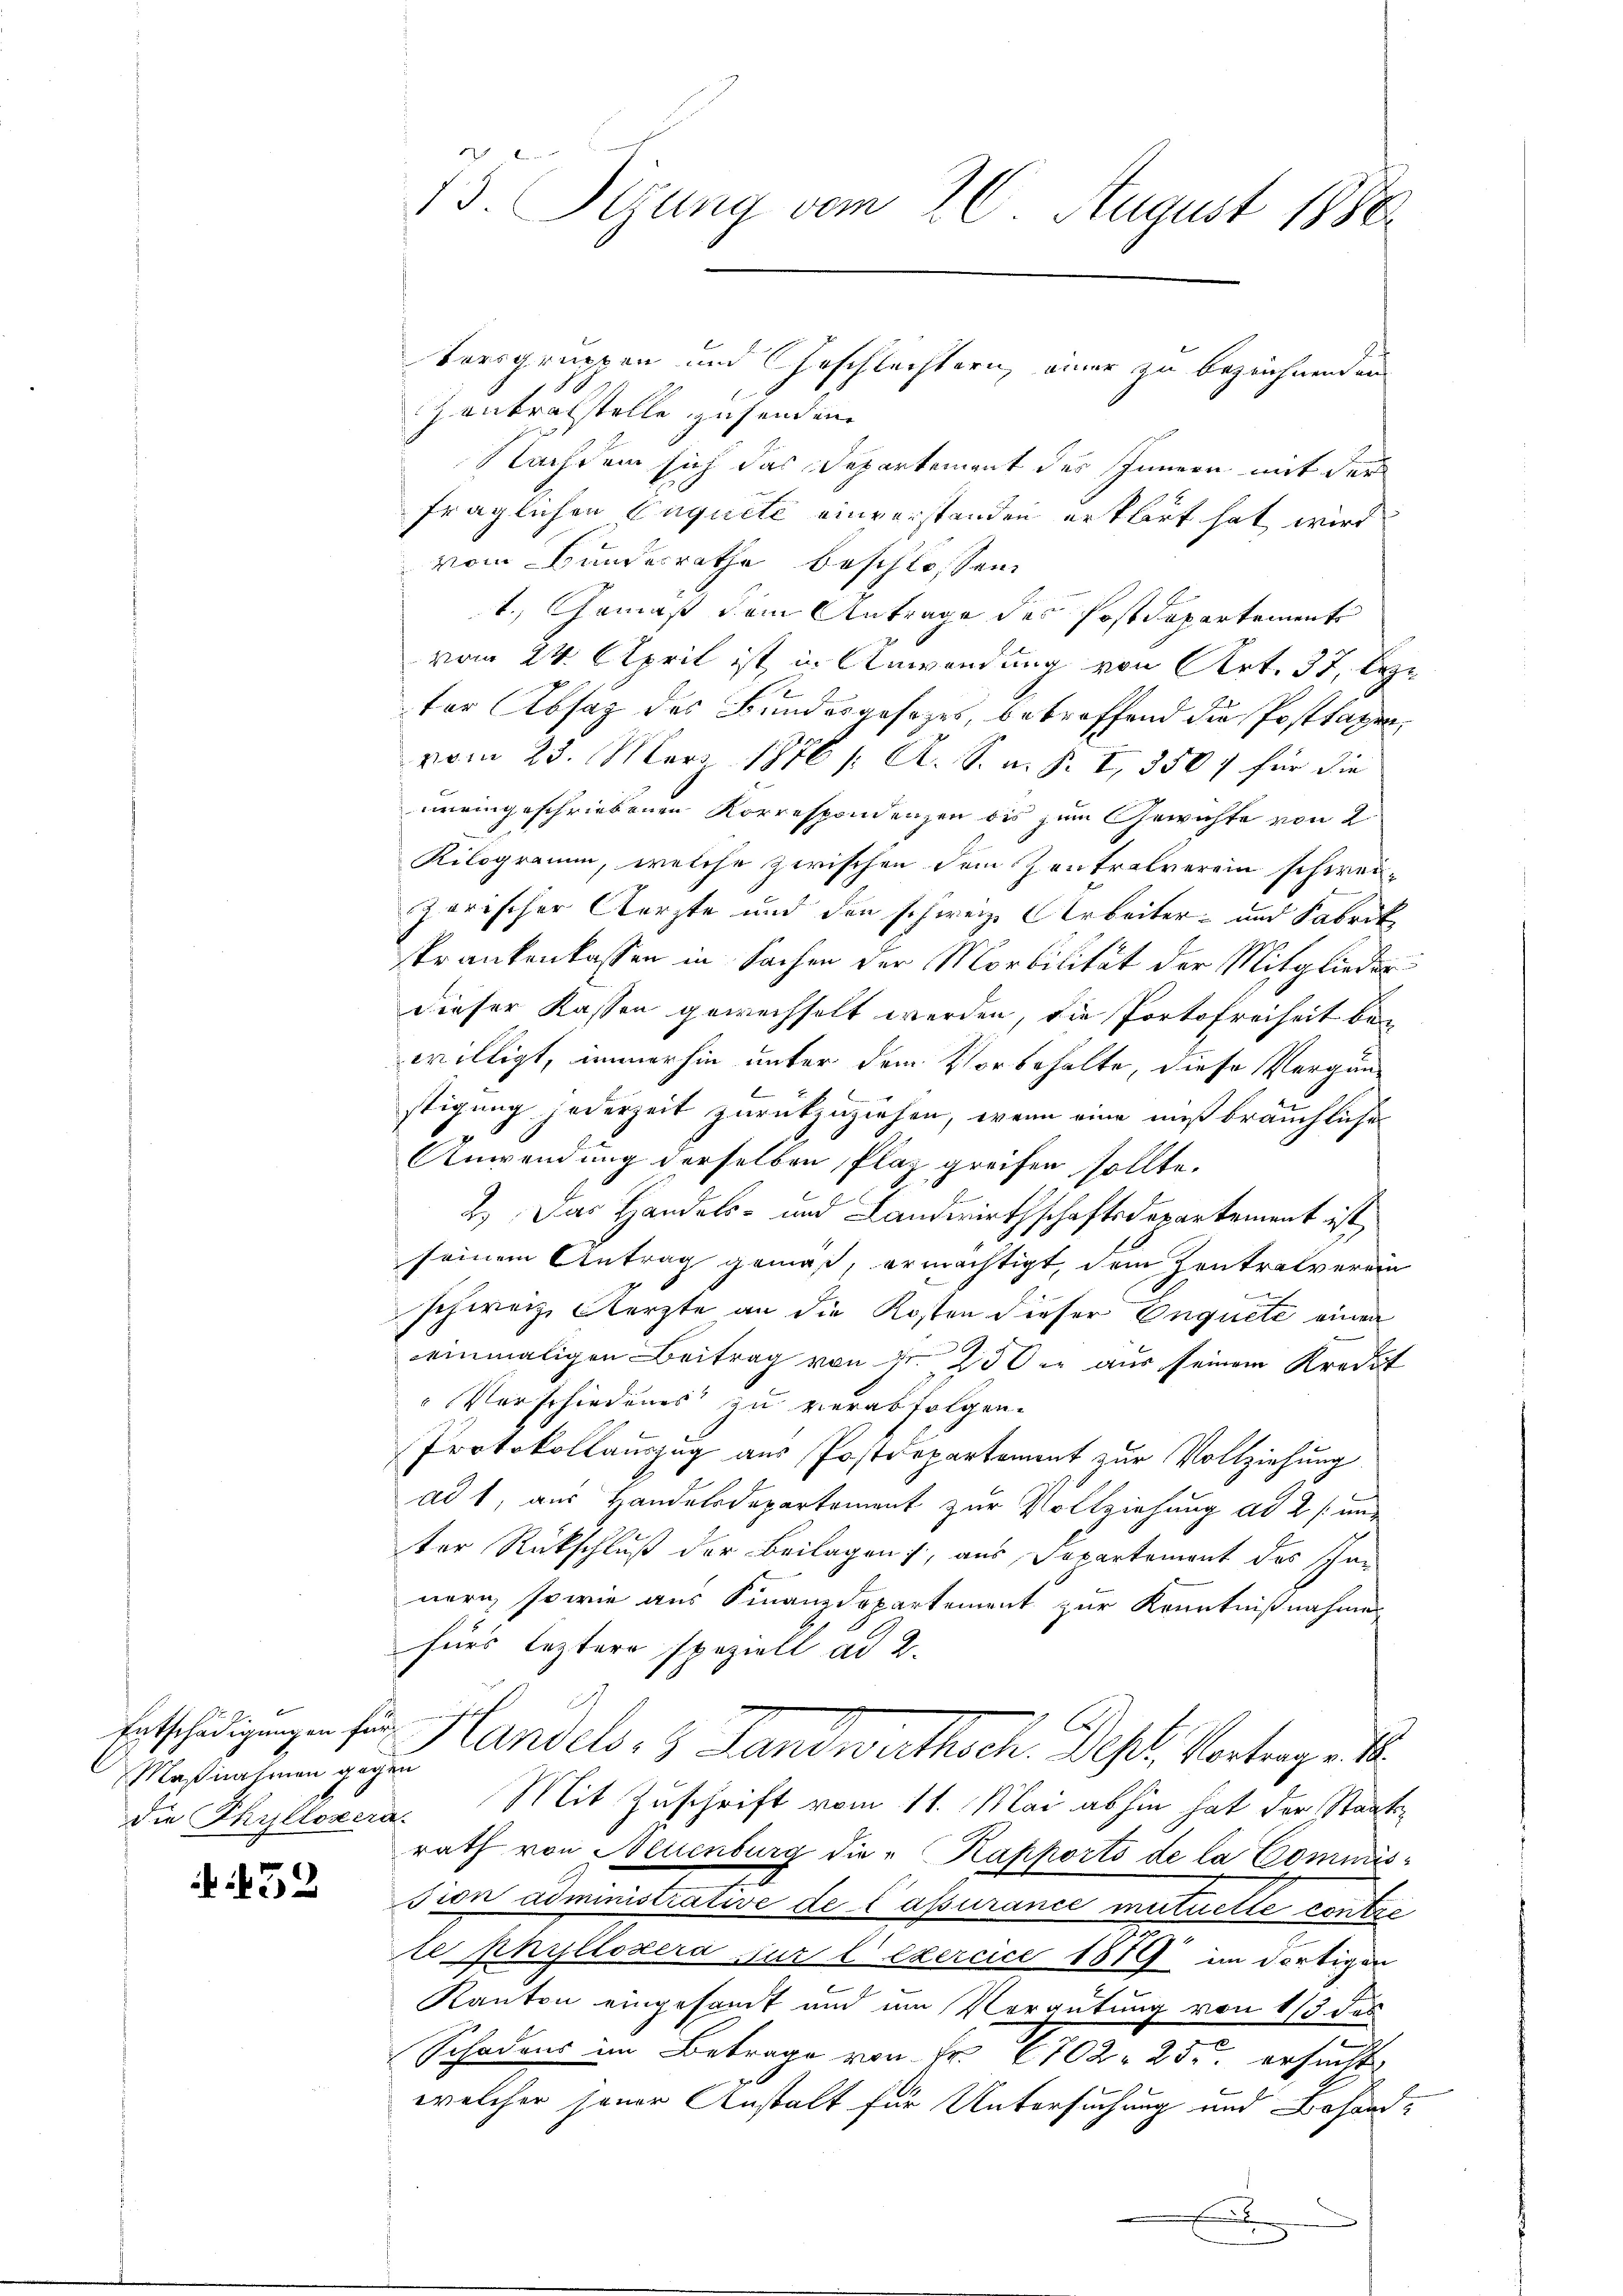
Entschädigungen für
Maßnahmen gegen

32

73. Tizung vom 26. August 1880

Zentralstelle zusenden.
Nachdem sich das Departement des Innern mit der
fraglichen Enquete einverstanden erklärt hat wird
vom Bundesrathe beschlossen
t. Anmäß dem Antrage des Postdepartemente
vom 24. April ist, in Anwendung von Art. 37, lezter Absatz des Bundesgesetzes, betreffend die Posttagen,
vom 23. März 1876 /: A. S. m. S. I, 350 für die
uneingeschriebenen Korrespondenzen bis zum Gewichte von 2
Kilogramm, welche zwischen dem Zentralverein schweizerischer Aerzte und den schweiz. Arbeiter- und Fabrik
krankenkassen in Sachen der Morbilität der Mitglieder
dieser Kassen gewechselt werden, die Portofreiheit bei
willigt, immerhin unter dem Vorbehalte, diese Vergün-
stigung jederzeit zurückzuziehen, wenn eine muß bräuchliche
Anwendung derselben Plaz greifen sollte.
2.) Das Handels- und Landwirthschaftsdepartement ist,
seinem Antrag gemäß, ermächtigt, dem Zentralverein
.
schweiz, Aerzte an die Kosten dieser Onquete einen
einmaligen Beitrag von Fr. 200. aus seinem Kredit
" Verschiedenes zu verabfolgen.
Protokollauszug aus Postdepartement zur Vollziehung
ad 1, aus Handelsdepartement zur Vollziehung ad 2 /: und
ter Rückschluß der Beilagen, aus Departement des schon
nern, sowie aus Finanzdepartement zur Kenntnißnahme
fürs leztere speziell ad 2.
h
Handel, 3 Landwirthsch. Dest. Vortrage
die Thyllezera. Mit Zuschrift vom 11. Mai abhin hat der Staatsrath von Neuenburg die Kapporto de la Commission administrative de lassurance mutuette contre
te phyllosera für l exercice 1879 im dortigen
Kanton eingesamt und am Vergütung von 1/3 des
Schadens im Betrage von Fr. 1702. 25. ersucht
welcher jener Anstalt für Untersuchung und Behand¬

Versprungen und Geschlechtern einer zu bezeichnenden